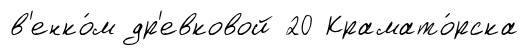
в'енко́м др'евковой 20 Крамато́рска